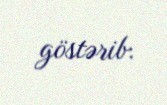
göstərib.